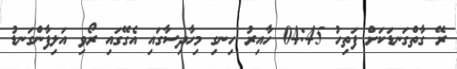
ރޭ ގާތްގަނޑަކަށް ފަތިހު 04:45 ހާއިރު ހިނގި މިހާދިސާގައި އެގޭގައި ރޯވި އަލިފާންގަނޑު